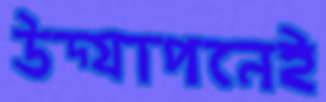
উদ্যাপনেই